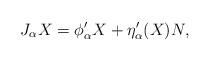
LaTeX: \begin{align*}J_{\alpha}X = \phi'_{\alpha}X + \eta'_{\alpha}(X)N,\end{align*}